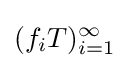
(f_{i}T)_{i=1}^{\infty }